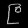
Digit: ၉